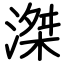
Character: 滐